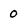
Character: 0